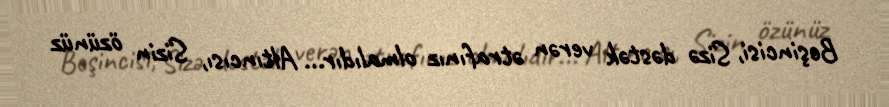
Beşincisi, Sizə dəstək verən ətrafınız olmalıdır... Altıncısı, Sizin özünüz